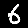
Digit: 6